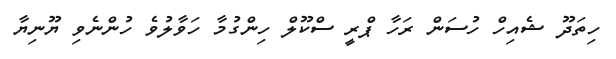
ހިތަދޫ ޝެއިހް ހުސަން ރަހާ ޕްރީ ސްކޫލް ހިންގުމާ ހަވާލުވެ ހުންނެވި ޔޫނިޔާ